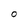
Character: O